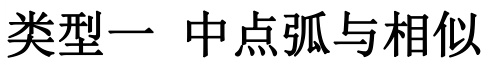
类型一 中点弧与相似